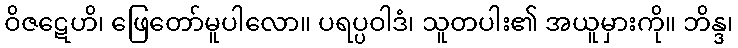
ဝိဇဋေဟိ၊ ဖြေတော်မူပါလော။ ပရပ္ပဝါဒံ၊ သူတပါး၏ အယူမှားကို။ ဘိန္ဒ၊